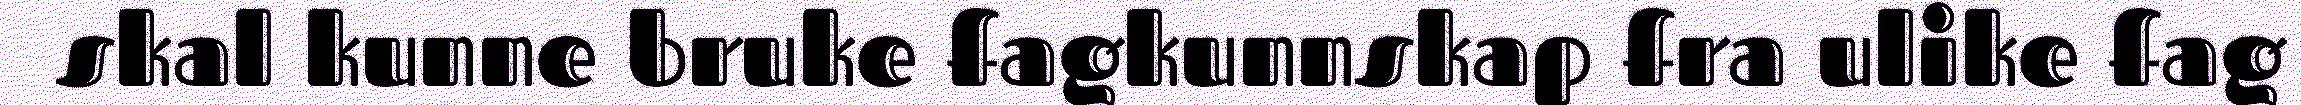
skal kunne bruke fagkunnskap fra ulike fag